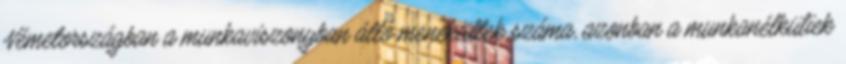
Németországban a munkaviszonyban álló menekültek száma, azonban a munkanélküliek